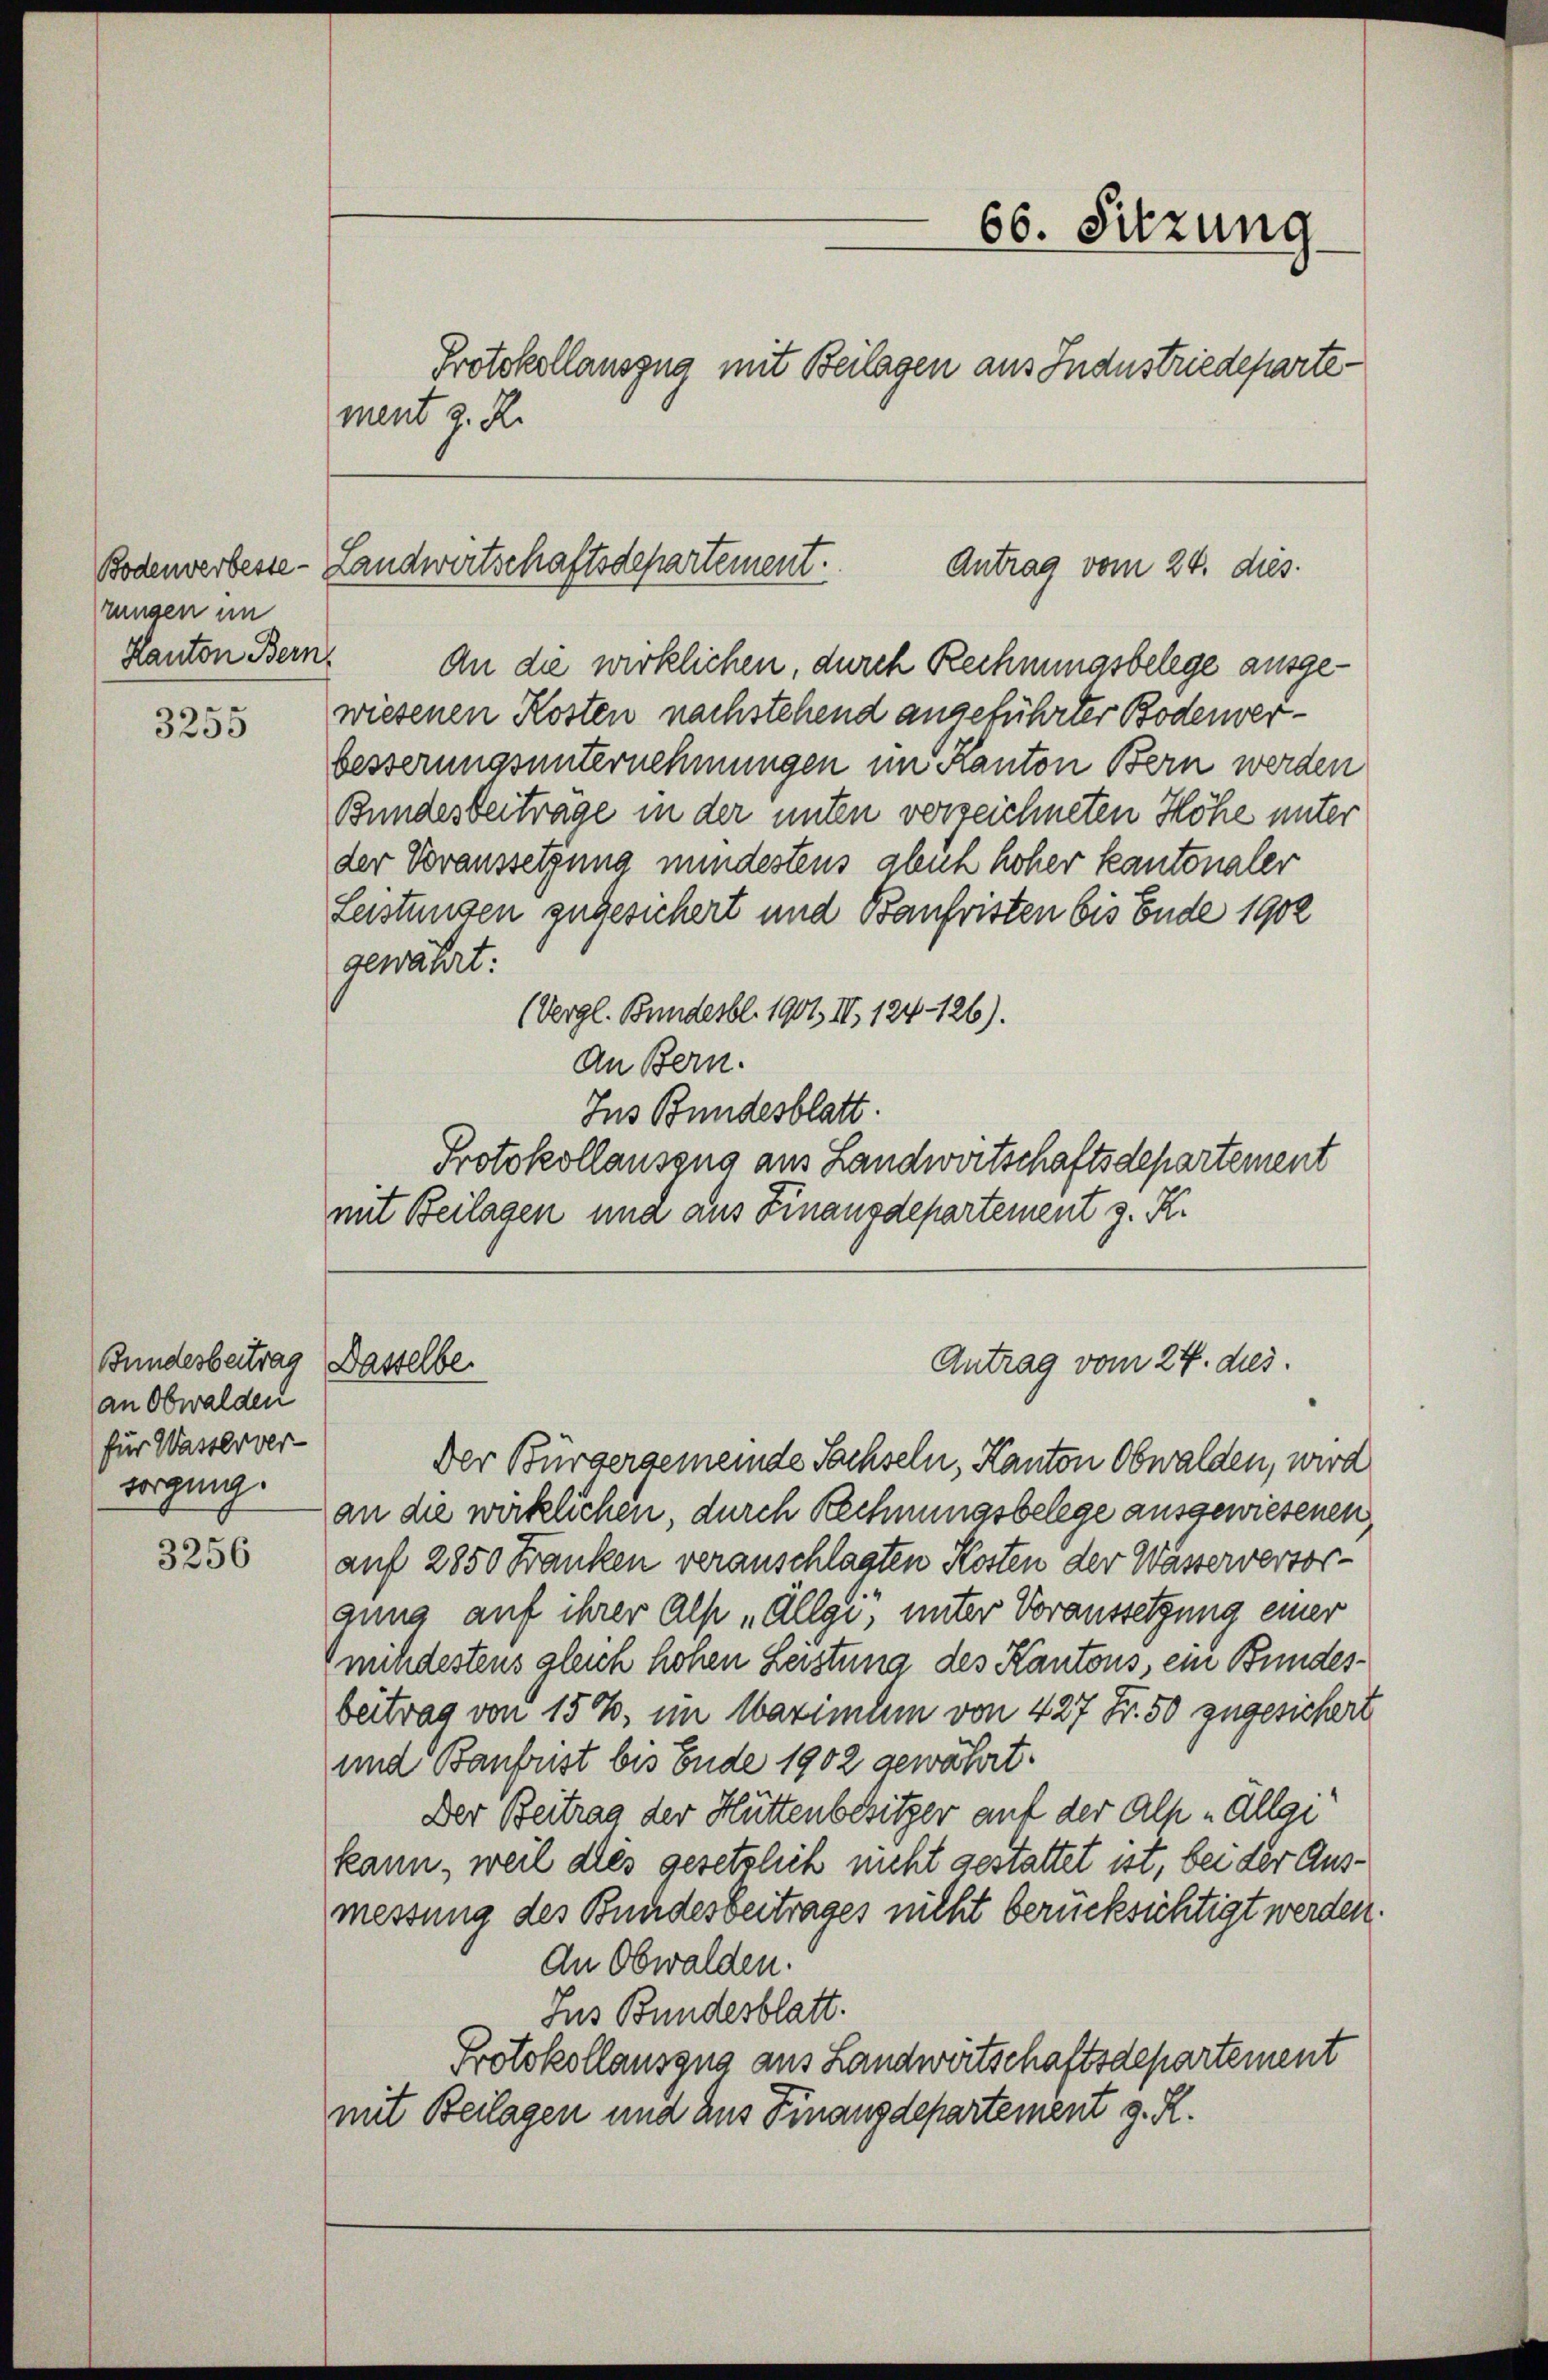
Bodenverbesse
rungen im
Kanton Bern,

3255

Bundesbeitrag
an Obwalden
für Wasserver-
vorging.

3256

An die wirklichen, durch Rechnungsbelege ausgewiesenen Kosten nachstehend angeführter Bodenverbesserungsunternehmungen im Kanton Bern werden
Bundesbeiträge in der unten verzeichneten Höhe unter
der Voraussetzung mindestens gleich hoher Kantonaler
Leistungen zugesichert und Baufristen bis Ende 1902
gewährt:
(Vergl. Bundesbl. 1901, II 124-126).
An Bern.
Ins Bundesblatt.
Protokollauszug aus Landwirtschaftsdepartement
mit Beilagen und aus Finanzdepartement z. K.

Landwirtschaftsdepartement.
Antrag vom 24. dies

Dasselbe.

ment z. R.

66. Sitzung
Protokollauszug mit Beilagen aus Industriedeparte

Antrag vom 24. dies.

Der Bürgergemeinde Sachseln, Kanton Obwalden, wird
an die wirklichen, durch Rechnungsbelege ausgewiesenen
auf 2850 Franken veranschlagten Kosten der Wässerversorgung auf ihrer als „Allgi, unter Voraussetzung einer
mildestens gleich hohen Leistung des Kantons, ein Bundesbeitrag von 15 %, im Maximum von 427 Fr. 50 zugesichert
und Baufust bis Ende 1902 gewährt.
Der Beitrag der Hüttenbesitzer auf der Alp „Allei
kann, weil dies gesetzlich nicht gestattet ist, bei der Ausmessung des Bundesbeitrages nicht berücksichtigt werden.
An Obwalden.
Jus Bundesblatt.
Protokollauszug aus Landwertschaftsdepartement
mit Beilagen und aus Finanzdepartement g. R.